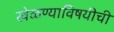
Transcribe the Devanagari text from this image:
खेळण्याविषयीची